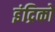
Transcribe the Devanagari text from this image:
इंद्रिको